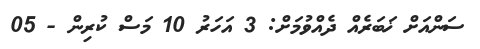
ސަންއަށް ޚަބަރެއް ދެއްވުމަށް: 3 އަހަރު 10 މަސް ކުރިން - 05